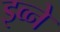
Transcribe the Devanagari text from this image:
इव्ने